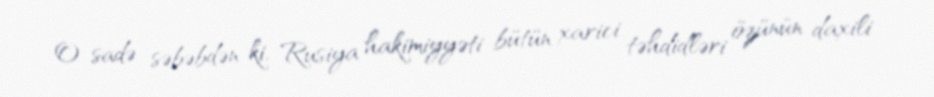
O sadə səbəbdən ki, Rusiya hakimiyyəti bütün xarici təhdidləri özünün daxili